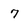
Character: 7